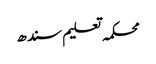
محکمہ تعلیم سندھ